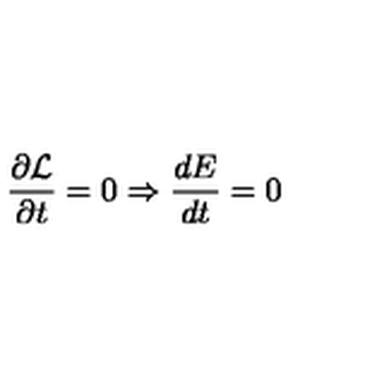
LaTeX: \frac { \partial \cal L } { \partial t } = 0 \Rightarrow \frac { d E } { d t } = 0